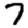
Digit: 7